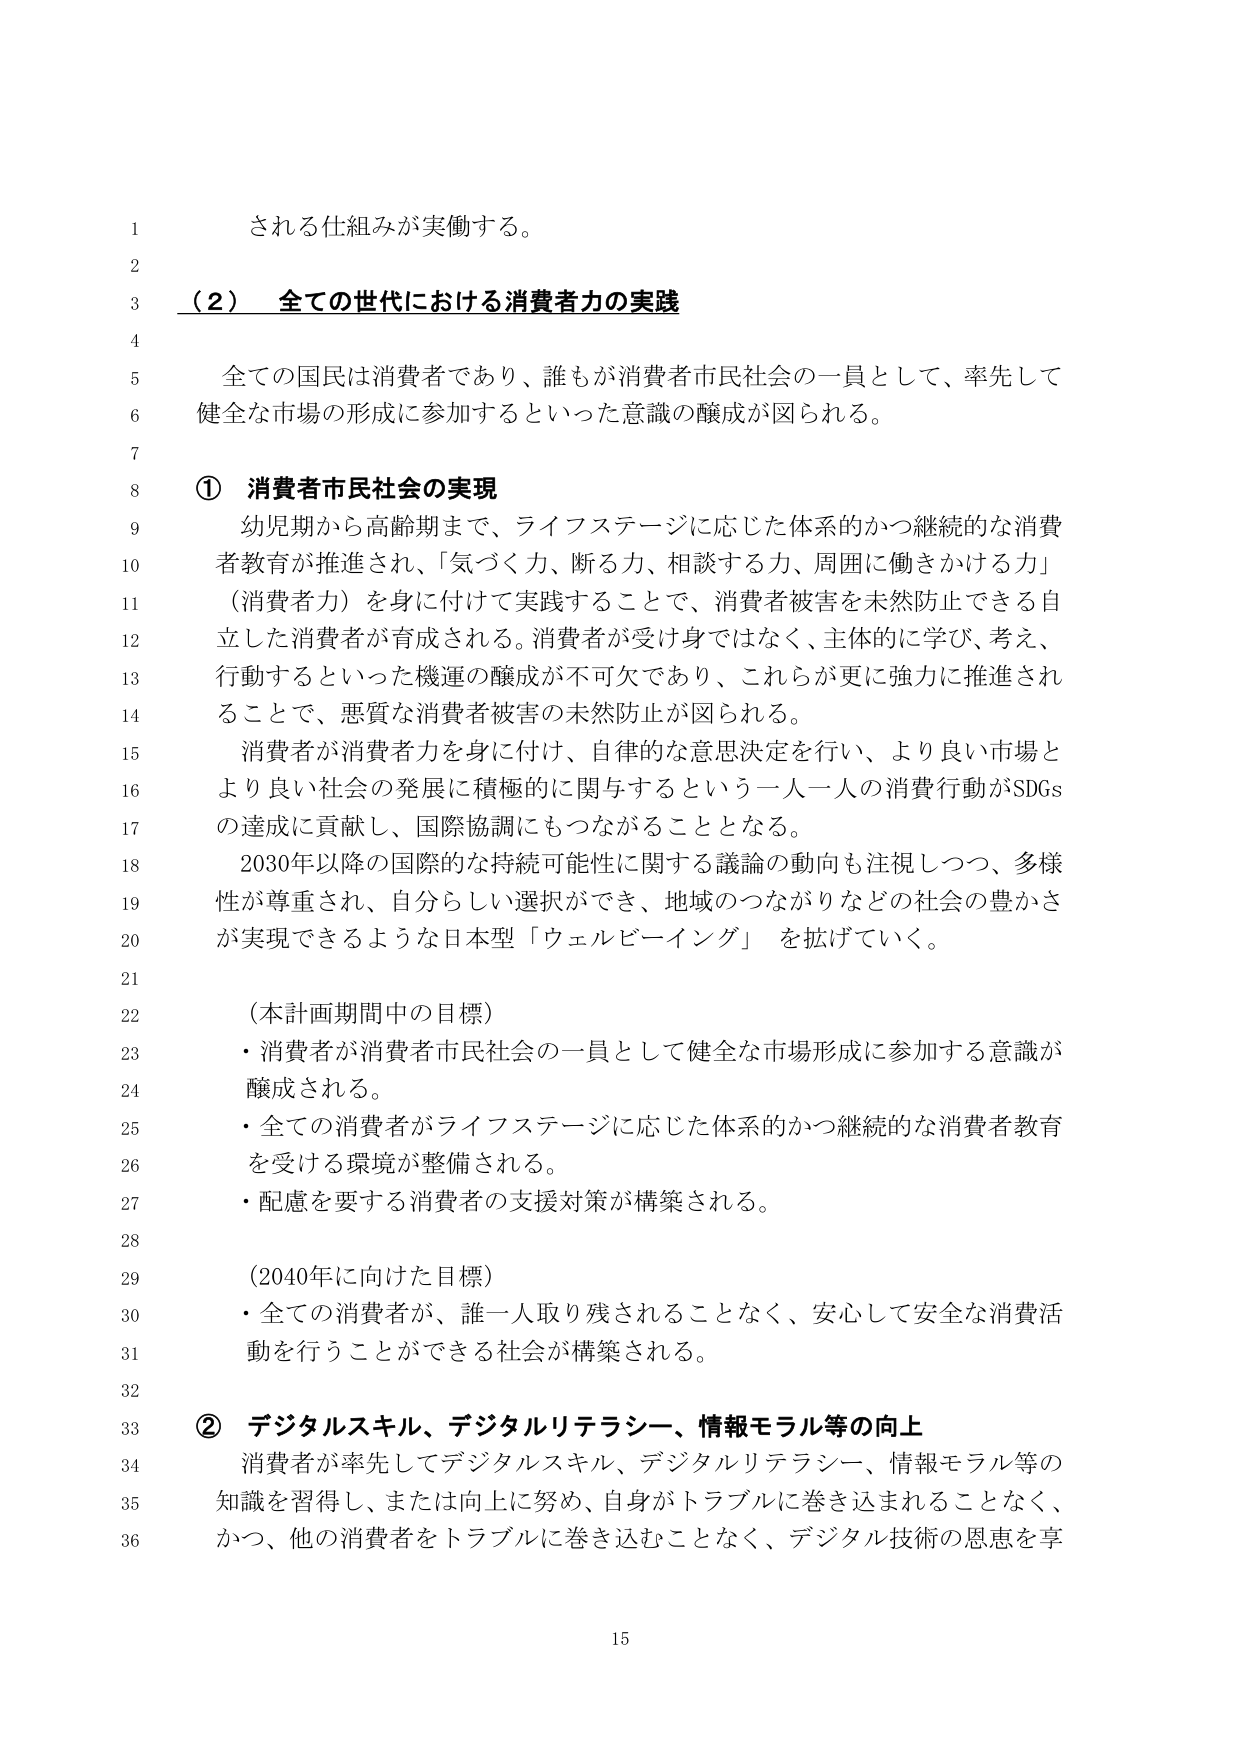
される仕組みが実働する。

（２） 全ての世代における消費者力の実践

全ての国民は消費者であり、誰もが消費者市民社会の一員として、率先して健全な市場の形成に参加するといった意識の醸成が図られる。

① 消費者市民社会の実現
幼児期から高齢期まで、ライフステージに応じた体系的かつ継続的な消費者教育が推進され、「気づく力、断る力、相談する力、周囲に働きかける力」（消費者力）を身に付けて実践することで、消費者被害を未然防止できる自立した消費者が育成される。消費者が受け身ではなく、主体的に学び、考え、行動するといった機運の醸成が不可欠であり、これらが更に強力に推進されることで、悪質な消費者被害の未然防止が図られる。
消費者が消費者力を身に付け、自律的な意思決定を行い、より良い市場とより良い社会の発展に積極的に関与するという一人一人の消費行動がSDGsの達成に貢献し、国際協調にもつながることとなる。
2030年以降の国際的な持続可能性に関する議論の動向も注視しつつ、多様性が尊重され、自分らしい選択ができ、地域のつながりなどの社会の豊かさが実現できるような日本型「ウェルビーイング」を拡げていく。

（本計画期間中の目標）
・消費者が消費者市民社会の一員として健全な市場形成に参加する意識が醸成される。
・全ての消費者がライフステージに応じた体系的かつ継続的な消費者教育を受ける環境が整備される。
・配慮を要する消費者の支援対策が構築される。

（2040年に向けた目標）
・全ての消費者が、誰一人取り残されることなく、安心して安全な消費活動を行うことができる社会が構築される。

② デジタルスキル、デジタルリテラシー、情報モラル等の向上
消費者が率先してデジタルスキル、デジタルリテラシー、情報モラル等の知識を習得し、または向上に努め、自身がトラブルに巻き込まれることなく、かつ、他の消費者をトラブルに巻き込むことなく、デジタル技術の恩恵を享

15